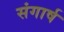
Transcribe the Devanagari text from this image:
संगार्ष